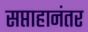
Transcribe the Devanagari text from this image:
सप्ताहानंतर